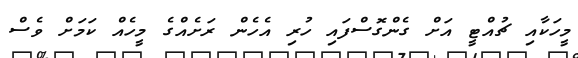
މީހަކާއި ޗުއްޓީ އަށް ގެންގޮސްފައި ހުރި އެހެން ރަށެއްގެ މީހެއް ކަމަށް ވެސް